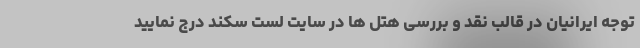
توجه ایرانیان در قالب نقد و بررسی هتل ها در سایت لست سکند درج نمایید